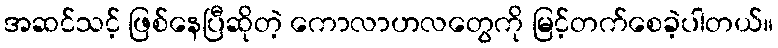
အဆင်သင့် ဖြစ်နေပြီဆိုတဲ့ ကောလာဟလတွေကို မြင့်တက်စေခဲ့ပါတယ်။